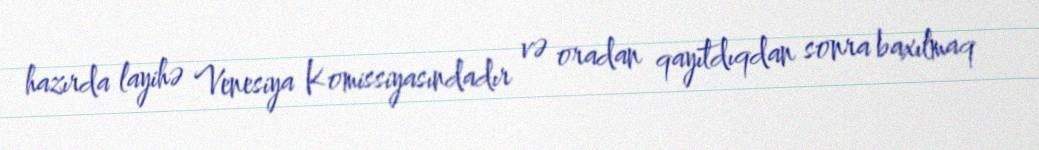
hazırda layihə Venesiya Komissiyasındadır və oradan qayıtdıqdan sonra baxılmaq